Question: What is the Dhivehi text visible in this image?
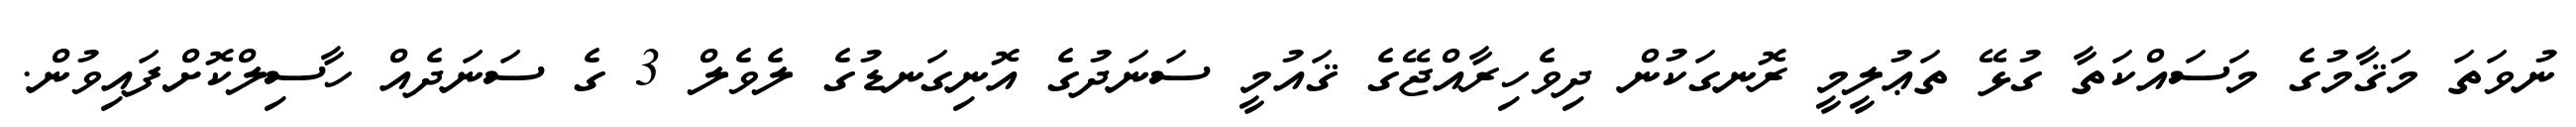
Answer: ނުވަތަ މަޤާމުގެ މަސައްކަތާ ގުޅޭ ތަޢުލީމީ ރޮނގަކުން ދިވެހިރާއްޖޭގެ ޤައުމީ ސަނަދުގެ އޮނިގަނޑުގެ ލެވެލް 3 ގެ ސަނަދެއް ހާސިލްކޮށްފައިވުން.